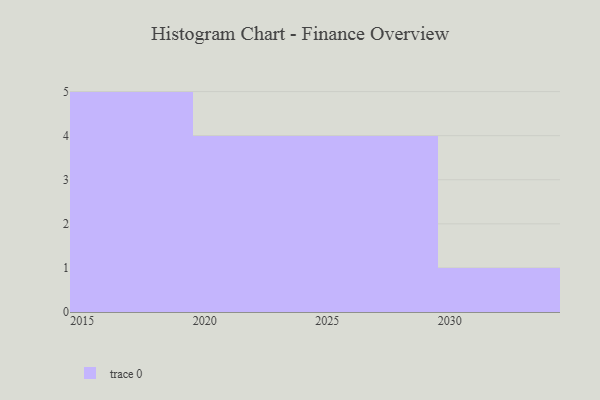
{"axis": {"x": "Year", "y": "Production Output"}, "legend": [""], "data": [{"x": "2026", "y": 96, "type": ""}, {"x": "2016", "y": 33, "type": ""}, {"x": "2017", "y": 69, "type": ""}, {"x": "2027", "y": 27, "type": ""}, {"x": "2018", "y": 82, "type": ""}, {"x": "2019", "y": 57, "type": ""}, {"x": "2015", "y": 59, "type": ""}, {"x": "2030", "y": 90, "type": ""}, {"x": "2028", "y": 44, "type": ""}, {"x": "2022", "y": 86, "type": ""}, {"x": "2025", "y": 22, "type": ""}, {"x": "2023", "y": 72, "type": ""}, {"x": "2024", "y": 59, "type": ""}, {"x": "2021", "y": 42, "type": ""}]}